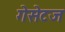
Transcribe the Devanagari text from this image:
गेसेटज